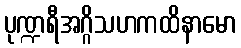
ပုဏ္ဍရီအဂ္ဂိသဟကထိနာမော